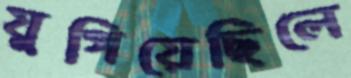
যুগিয়েছিলে